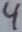
Text: 44